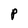
Character: P